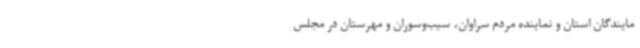
مایندگان استان و نماینده مردم سراوان، سیب‌وسوران و مهرستان در مجلس